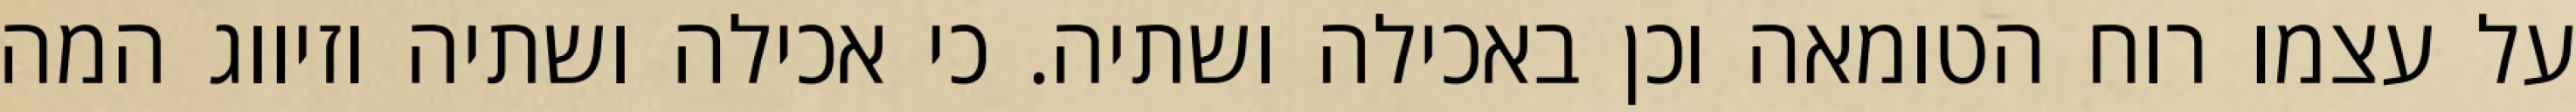
על עצמו רוח הטומאה וכן באכילה ושתיה. כי אכילה ושתיה וזיווג המה